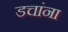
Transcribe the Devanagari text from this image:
डचांना